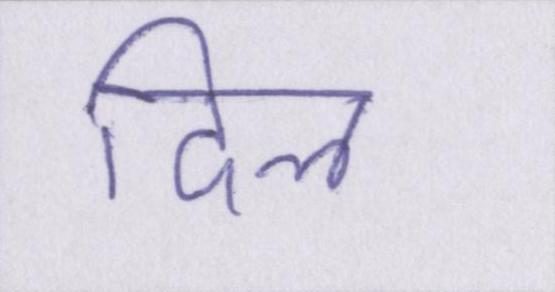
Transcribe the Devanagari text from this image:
दिल